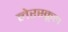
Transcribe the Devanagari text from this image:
लेरस्कूल